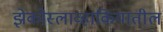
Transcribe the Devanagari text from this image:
झेकोस्लाव्हाकियातील